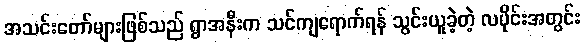
အသင်းတော်များဖြစ်သည် ရွာအနီးက သင်ကျရောက်ရန် သွင်းယူခဲ့တဲ့ လပိုင်းအတွင်း